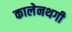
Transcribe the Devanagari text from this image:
कालेनथगी